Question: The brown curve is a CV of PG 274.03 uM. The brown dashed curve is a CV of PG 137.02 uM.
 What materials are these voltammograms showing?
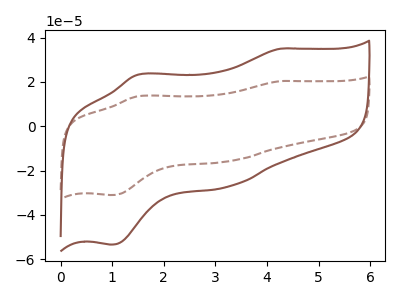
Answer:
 <answer>The brown curve is labeled "PG 274.03 uM". The brown dashed curve is labeled "PG 137.02 uM".</answer>
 <eval></eval>